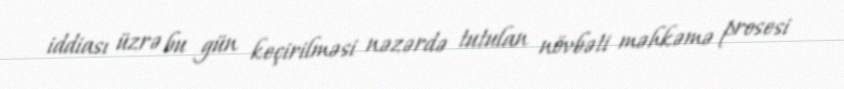
iddiası üzrə bu gün keçirilməsi nəzərdə tutulan növbəti məhkəmə prosesi